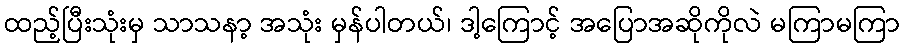
ထည့်ပြီးသုံးမှ သာသနာ့ အသုံး မှန်ပါတယ်၊ ဒါ့ကြောင့် အပြောအဆိုကိုလဲ မကြာမကြာ